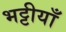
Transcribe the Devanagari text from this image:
भट्टीयाँ